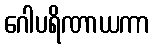
ဂေါပရိဏာယကာ